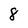
Character: 8